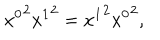
{ x ^ { 0 } } ^ { 2 } { x ^ { 1 } } ^ { 2 } = { x ^ { 1 } } ^ { 2 } { x ^ { 0 } } ^ { 2 } ,